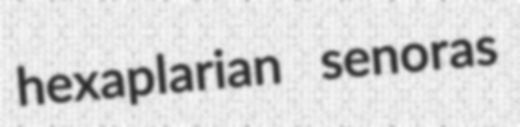
hexaplarian senoras